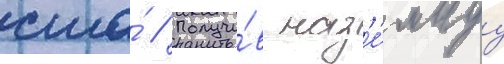
сша́ // Получи́в наз'е́мнуу